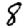
Digit: 8